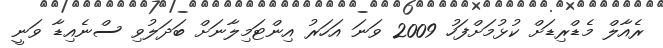
ރެއާލް މެޑްރިޑަށް ކުޅުމަށްފަހު 2009 ވަނަ އަހަރު އިންޓަމިލާނަށް ބަދަލުވި ސްނެއިޑާ ވަނީ